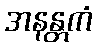
အနန္တကံ